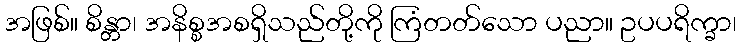
အဖြစ်။ စိန္တာ၊ အနိစ္စအစရှိသည်တို့ကို ကြံတတ်သော ပညာ။ ဥပပရိက္ခာ၊